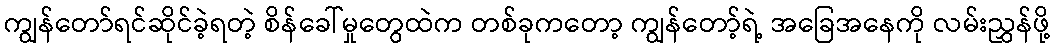
ကျွန်တော်ရင်ဆိုင်ခဲ့ရတဲ့ စိန်ခေါ်မှုတွေထဲက တစ်ခုကတော့ ကျွန်တော့်ရဲ့ အခြေအနေကို လမ်းညွှန်ဖို့